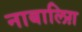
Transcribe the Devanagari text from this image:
नाबालिग़